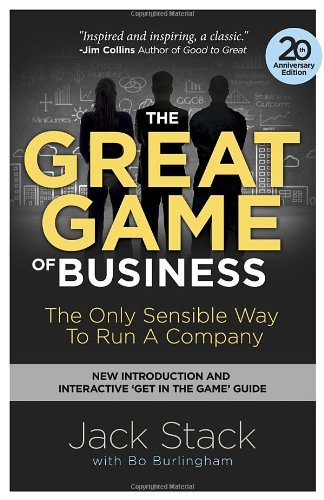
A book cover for The Great Game of Business, Expanded and Updated: The Only Sensible Way to Run a Company; Jack Stack; Business & Money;